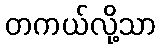
တကယ်လို့သာ